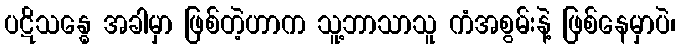
ပဋိသန္ဓေ အခါမှာ ဖြစ်တဲ့ဟာက သူ့ဘာသာသူ ကံအစွမ်းနဲ့ ဖြစ်နေမှာပဲ၊